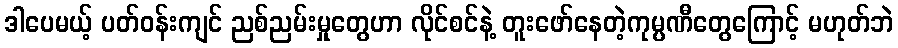
ဒါပေမယ့် ပတ်ဝန်းကျင် ညစ်ညမ်းမှုတွေဟာ လိုင်စင်နဲ့ တူးဖော်နေတဲ့ကုမ္ပဏီတွေကြောင့် မဟုတ်ဘဲ